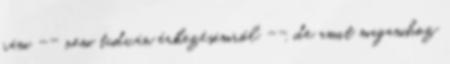
rám -- nem tudván érkezésemről --, de amit magamhoz